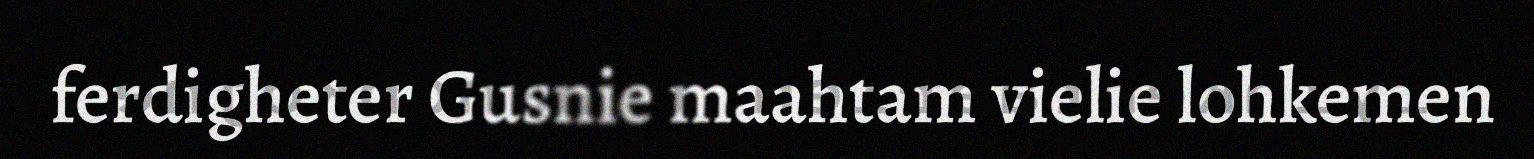
ferdigheter Gusnie maahtam vielie lohkemen